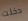
دخلت